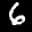
Label: 6